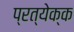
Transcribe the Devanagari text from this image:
प्रत्येक्क